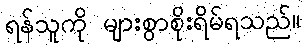
ရန်သူကို များစွာစိုးရိမ်ရသည်။